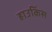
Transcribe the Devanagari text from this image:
हाउकिंस